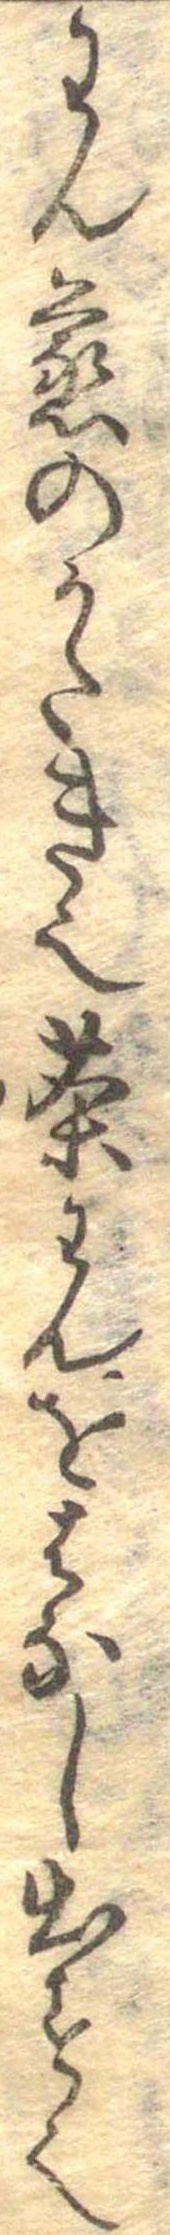
わん蒸のかたき也茶わんをはなし出す也